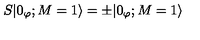
S | 0 _ { \varphi } ; M = 1 \rangle = \pm | 0 _ { \varphi } ; M = 1 \rangle